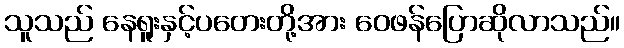
သူသည် နေရူးနှင့်ပတေးတို့အား ဝေဖန်ပြောဆိုလာသည်။